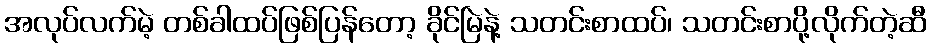
အလုပ်လက်မဲ့ တစ်ခါထပ်ဖြစ်ပြန်တော့ ခိုင်မြဲနဲ့ သတင်းစာထပ်၊ သတင်းစာပို့လိုက်တဲ့ဆီ